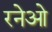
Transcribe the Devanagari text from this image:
रनेओ